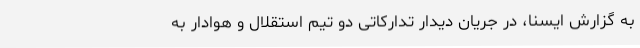
به گزارش ایسنا، در جریان دیدار تدارکاتی دو تیم استقلال و هوادار به